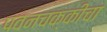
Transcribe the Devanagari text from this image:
पवनचक्कीचा